Report on sanitation, dispensaries, and jails in Rajputana for 1910, and on vaccination for the year 1910-1911 - 1910-1911
Year: 1910
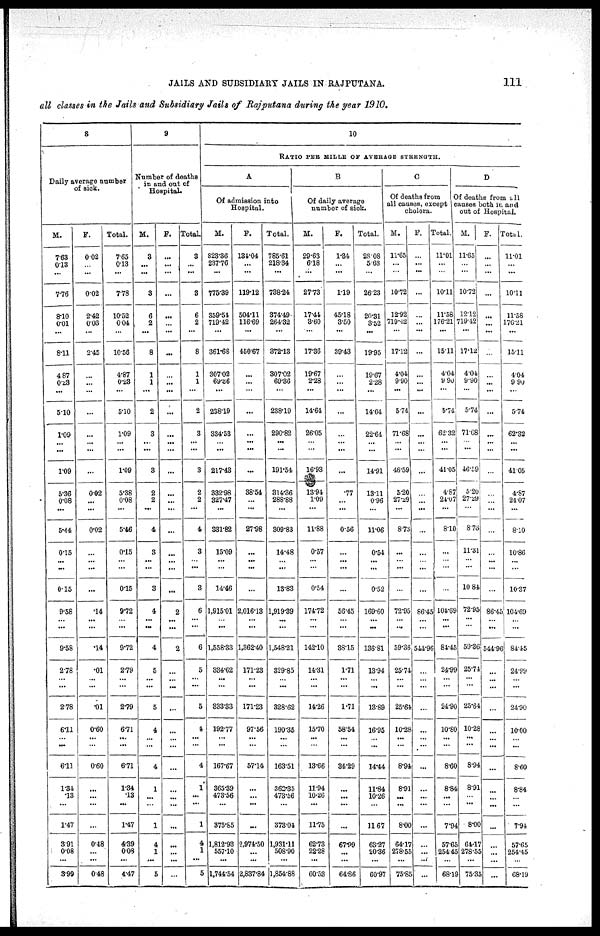
JAILS AND SUBSIDIARY JAILS IN RAJPUTANA.
111
all classes in the Jails and Subsidiary Jails of Rajputana during the year 1910.
8
Daily average number
of sick.
M.
7.63
0.13
...
7.76
8.10
0.01
...
8.11
4.87
0.23
...
5.10
1.09
...
...
1.09
5.36
0.08
...
5.44
0.15
...
...
0.15
9.58
...
...
9.58
2.78
...
...
2.78
6.11
...
...
6.11
1.34
.13
...
1.47
3.91
0.08
...
3.99
F.
0.02
...
...
0.02
2.42
0.03
...
2.45
...
...
...
...
...
...
...
0.02
...
...
0.02
...
...
...
...
.14
...
...
.14
.01
...
...
.01
0.60
...
...
0.60
...
...
...
...
0.48
...
...
0.48
Total.
7.65
0.13
...
7.78
10.52
0.04
...
10.56
4.87
0.23
...
5.10
1.09
...
...
1.09
5.38
0.08
...
5.46
0.15
...
...
0.15
9.72
...
...
9.72
2.79
...
...
2.79
6.71
...
...
6.71
1.34
.13
...
1.47
4.39
0.08
...
4.47
9
Number of deaths
in and out of
Hospital.
M.
3
...
...
3
6
2
...
8
1
1
...
2
3
...
...
3
2
2
...
4
3
...
...
3
4
...
...
4
5
...
...
5
4
...
...
4
1
...
...
1
4
1
...
5
F.
...
...
...
...
...
...
...
...
...
...
...
...
...
...
...
...
...
...
...
...
...
...
...
...
2
...
...
2
...
...
...
...
...
...
...
...
...
...
...
...
...
...
...
...
Total.
3
...
...
3
6
2
...
8
1
1
...
2
3
...
...
3
2
2
...
4
3
...
...
3
6
...
...
6
5
...
...
5
4
...
...
4
1
...
...
1
4
1
...
5
10
RATIO PER MILLE OF AVERAGE STRENGTH.
A
Of admission into
Hospital.
M.
823.36
237.76
...
775.39
359.51
719.42
...
361.68
307.02
69.36
...
238.19
334.53
...
...
217.43
332.98
327.47
...
331.82
15.09
...
...
14.46
1,915.01
...
...
1,558.33
334.62
...
...
833.33
192.77
...
...
167.67
365.39
473.56
...
375.85
1,812.93
557.10
...
1,744.54
F.
131.04
...
...
119.12
504.11
116.69
...
450.67
...
...
...
...
...
...
...
...
38.54
...
...
27.98
...
...
...
...
2,016.13
...
...
1,362.40
171.23
...
...
171.23
97.56
...
...
57.14
...
...
...
...
2,974.50
...
...
2,837.84
Total.
785.61
218.34
...
738.24
374.49
264.32
...
372.13
307.02
60.36
...
238.19
290.82
...
...
191.54
314.36
288.88
...
309.83
14.48
...
...
13.83
1,919.39
...
...
1,548.21
329.85
...
...
328.62
190.35
...
...
163.51
362.35
473.56
...
373.04
1,931.11
508.90
...
1,854.88
B
Of daily average
number of sick.
M.
29.63
6.18
...
27.73
17.44
3.60
...
17.36
19.67
2.28
...
14.64
26.05
...
...
16.93
13.94
1.09
...
11.88
0.57
...
...
0.54
174.72
...
...
142.10
14.31
...
...
14.26
15.70
...
...
13.66
11.94
10.26
...
11.75
62.73
22.28
...
60.53
F.
1.34
...
...
1.19
45.18
3.50
...
39.43
...
...
...
...
...
...
...
...
.77
...
...
0.56
...
...
...
...
56.45
...
...
38.15
1.71
...
...
1.71
58.54
...
...
34.29
...
...
...
...
67.99
...
...
64.86
Total.
28.08
5.68
...
26.23
20.31
3.52
...
19.95
19.67
2.28
...
14.64
22.64
...
...
14.91
13.11
0.96
...
11.06
0.54
...
...
0.52
169.60
...
...
136.81
13.94
...
...
13.89
16.95
...
...
14.44
11.84
10.26
...
11.67
63.27
20.36
...
60.97
C
Of deaths from
0
all causes, except
cholera.
M.
11.65
...
...
10.72
12.92
719.42
...
17.12
4.04
9.90
...
5.74
71.68
...
...
46.59
5.20
27.29
...
8.73
...
...
...
...
72.95
...
...
59.36
25.74
...
...
25.64
10.28
...
...
8.94
8.91
...
...
8.00
64.17
278.55
...
75.85
F.
...
...
...
...
...
...
...
...
...
...
...
...
...
...
...
...
...
...
...
...
...
...
...
...
86.45
...
...
544.96
...
...
...
...
...
...
...
...
...
...
...
...
...
...
...
...
Total.
11.01
...
...
10.11
11.58
176.21
...
15.11
4.04
9.90
...
5.74
62.32
...
...
41.05
4.87
24.07
...
8.10
...
...
...
104.69
...
...
84.45
24.99
...
...
24.90
10.80
...
...
8.60
8.84
...
...
7.94
57.65
254.45
...
68.19
D
Of deaths from all
causes both in. and
out of Hospital.
M.
11.65
...
...
10.72
12.12
719.42
...
17.12
4.04
9.90
...
5.74
71.68
...
...
46.59
5.20
27.29
...
8.73
11.31
...
...
10.84
72.95
...
...
59.36
25.74
...
...
25.64
10.28
...
...
8.94
8.91
...
...
8.00
64.17
278.55
...
75.35
F.
...
...
...
...
...
...
...
...
...
...
...
...
...
...
...
...
...
...
...
...
...
...
...
...
86.45
...
...
544.96
...
...
...
...
...
...
...
...
...
...
...
...
...
...
...
...
Total.
11.01
...
...
10.11
11.58
176.21
...
15.11
4.04
9.90
...
5.74
62.32
...
...
41.05
4.87
24.07
...
8.10
10.86
...
...
10.37
104.60
...
...
84.45
24.99
...
...
24.90
10.00
...
...
8.60
8.84
...
...
7.94
57.65
254.45
...
68.19